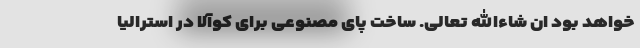
خواهد بود ان شاءالله تعالی. ساخت پای مصنوعی برای کوآلا در استرالیا